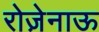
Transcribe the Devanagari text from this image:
रोज़ेनाऊ